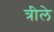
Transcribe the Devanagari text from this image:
त्रीले